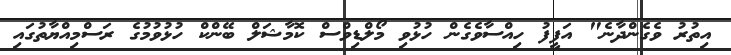
އިތުރު ވެގެންދާނެ" އަފީފު ހިއްސާވެގެން ހުޅުވި މޯލްޑިވްސް ކޮމާޝަލް ބޭންކް ހުޅުވުމުގެ ރަސްމިއްޔާތުގައި